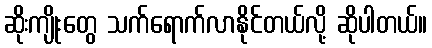
ဆိုးကျိုးတွေ သက်ရောက်လာနိုင်တယ်လို့ ဆိုပါတယ်။